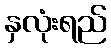
နှလုံးရည်